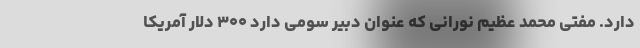
دارد. مفتی محمد عظیم نورانی که عنوان دبیر سومی دارد ۳۰۰ دلار آمریکا